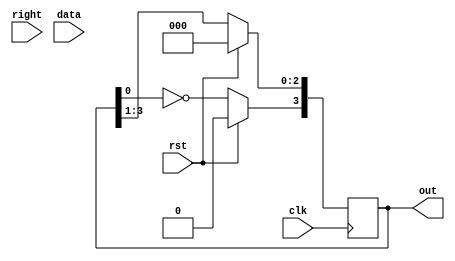
module johnson(output reg [3:0] out, input  rst, input  right, input data, input clk);
    reg temp;

    initial
        out = 4'b1111;

    always @(posedge clk) begin

        if(rst) begin
            {out} = 0;
        end 

        else begin
           temp = out[0];
           out = out>>1;
           out[3] = ~temp;
        end 
        
    end
endmodule